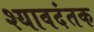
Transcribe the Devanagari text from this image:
श्यावदंतक